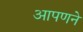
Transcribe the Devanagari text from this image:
आपणने